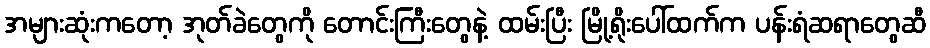
အများဆုံးကတော့ အုတ်ခဲတွေကို တောင်းကြီးတွေနဲ့ ထမ်းပြီး မြို့ရိုးပေါ်ထက်က ပန်းရံဆရာတွေဆီ